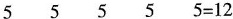
5 5 5 5 $$5 = 1 2$$